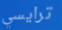
ترايسي